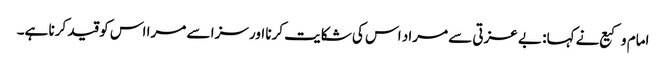
امام وکیع نے کہا: بے عزتی سے مراد اس کی شکایت کرنا اور سزا سے مرا اس کو قید کرنا ہے۔